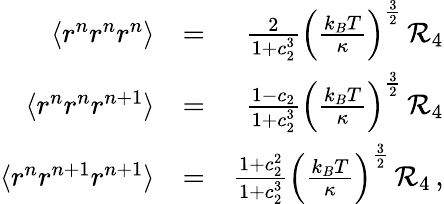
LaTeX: \begin{array}{rlr}{\langle r^{n}r^{n}r^{n}\rangle}&{=}&{\frac{2}{1+c_{2}^{3}}\left(\frac{k_{B}T}{\kappa}\right)^{\frac{3}{2}}\, {\cal R}_{4}}\\ {\langle r^{n}r^{n}r^{n+1}\rangle}&{=}&{\frac{1-c_{2}}{1+c_{2}^{3}}\left(\frac{k_{B}T}{\kappa}\right)^{\frac{3}{2}}\, {\cal R}_{4}}\\ {\langle r^{n}r^{n+1}r^{n+1}\rangle}&{=}&{\frac{1+c_{2}^{2}}{1+c_{2}^{3}}\left(\frac{k_{B}T}{\kappa}\right)^{\frac{3}{2}}\, {\cal R}_{4}\, ,}\end{array}